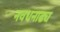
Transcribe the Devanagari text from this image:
नवधनाढ्य